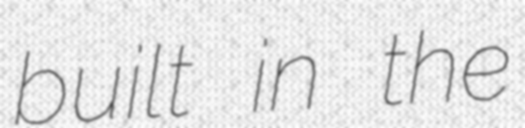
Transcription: built in the